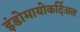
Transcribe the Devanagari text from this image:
इंडोमायोकर्दिअल